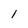
Character: 1